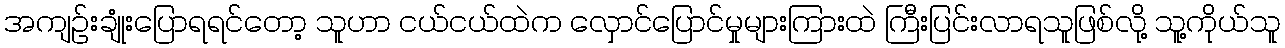
အကျဥ်းချုံးပြောရရင်တော့ သူဟာ ငယ်ငယ်ထဲက လှောင်ပြောင်မှုများကြားထဲ ကြီးပြင်းလာရသူဖြစ်လို့ သူ့ကိုယ်သူ